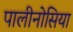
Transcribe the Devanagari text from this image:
पालीनोसिया